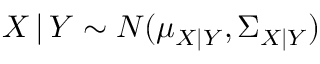
X \, | \, Y \sim N ( \mu _ { X | Y } , \Sigma _ { X | Y } )